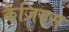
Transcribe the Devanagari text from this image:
कैज़ियस